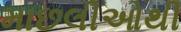
માછલીઓથી